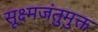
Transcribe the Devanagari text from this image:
सूक्ष्मजंतुमुक्त